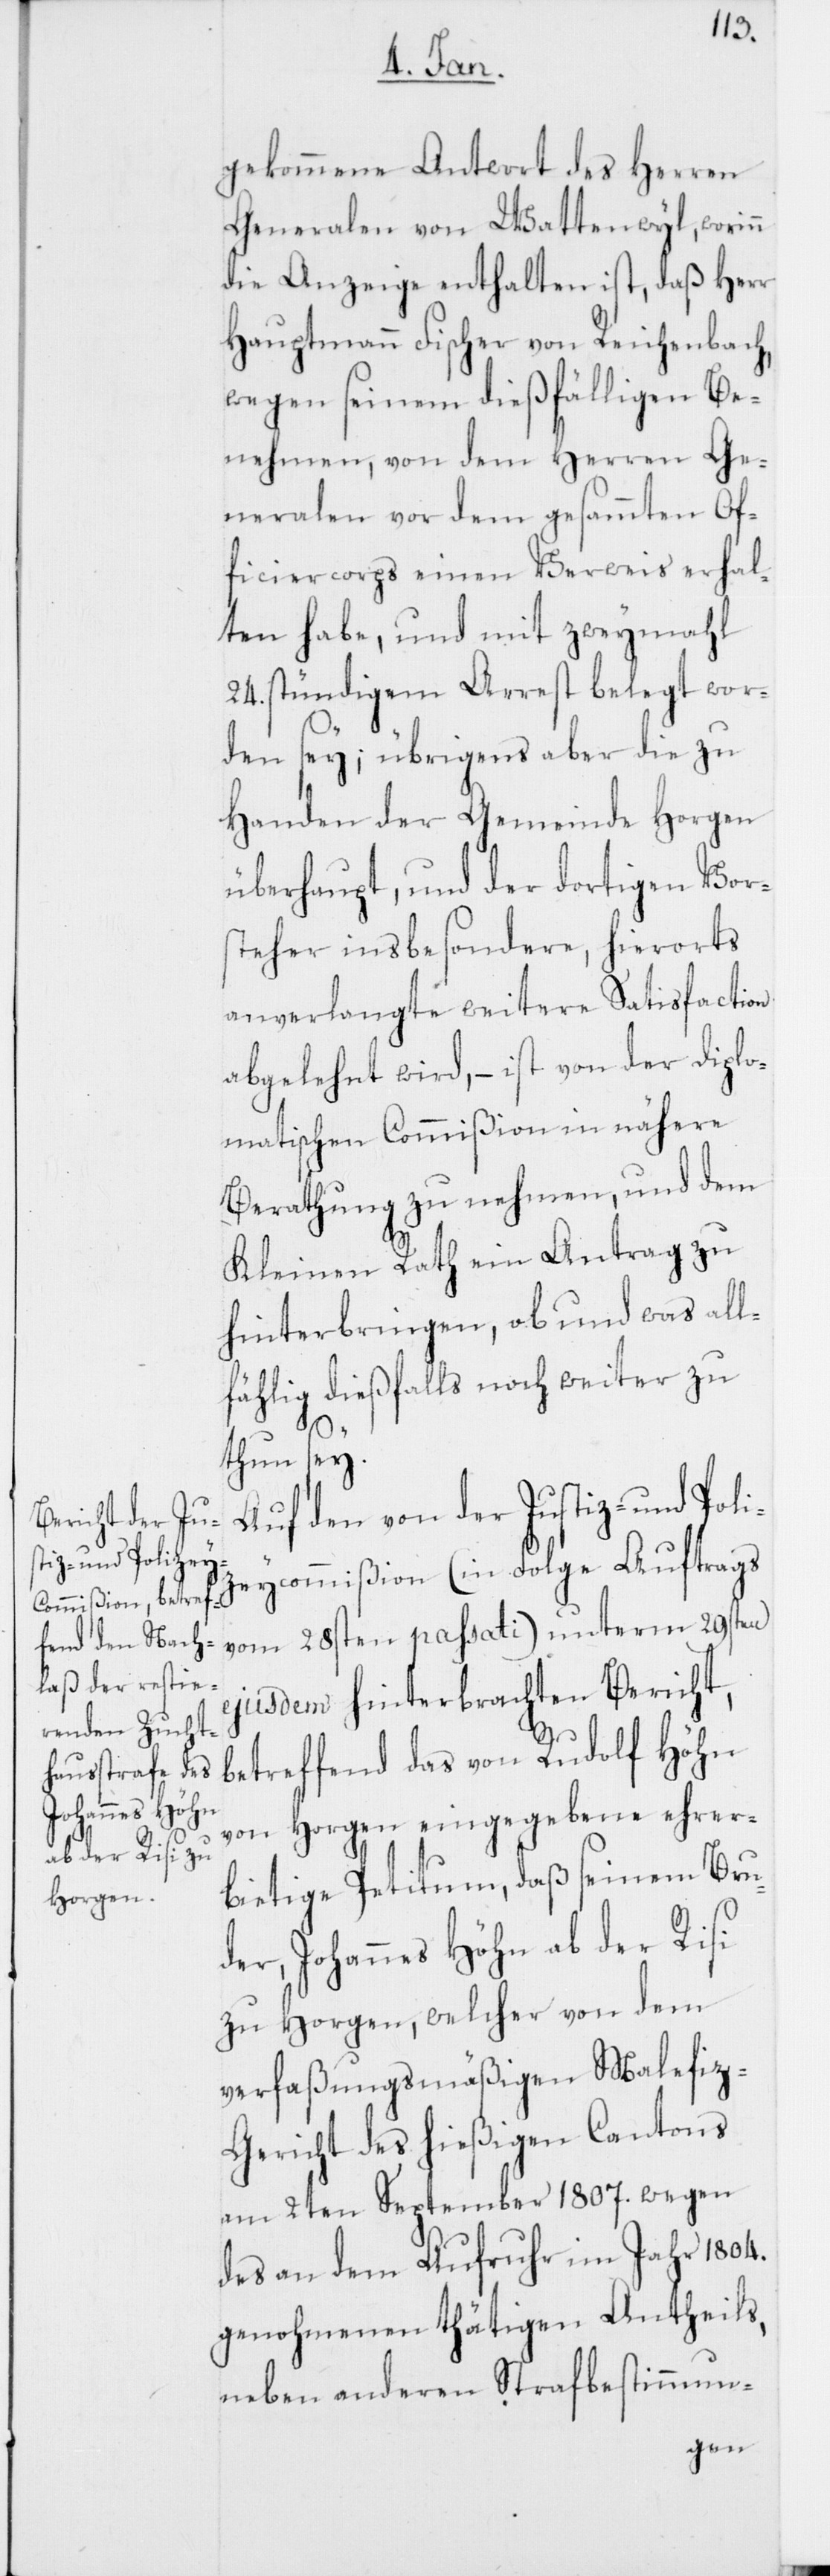
gekommene Antwort des Herren
Generalen von Wattenwyl, worinn
die Anzeige enthalten ist, daß Herr
Hauptmann Fischer von Reichenbach,
wegen seinem dießfälligen Be¬
nehmen, von dem Herren Ge¬
neralen vor dem gesamten Of¬
ficiercorps einen Verweis erhal¬
ten habe, und mit zweymahl
24. stündigem Arrest belegt wor¬
den sey; übrigens aber die zu
Handen der Gemeinde Horgen
überhaupt, und der dortigen Vors¬
teher insbesondere, hierorts
anverlangte weitere Satisfaction
abgelehnt wird, – ist von der Diplo¬
matischen Commißion in nähere
Berathung zu nehmen, und dem
Kleinen Rath ein Antrag zu
hinterbringen, ob und was all¬
fählig dießfalls noch weiter zu
tun sey.
Auf den von der Justiz- und Poli¬
zeycommißion (in Folge Auftrags
vom 28sten passati) unterm 29sten
ejusdem hinterbrachten Bericht,
betreffend das von Rudolf Höhn
von Horgen eingegebene ehrer¬
bietige Petitum, daß seinem Bru¬
der, Johannes Höhn ab der Risi
zu Horgen, welcher von dem
verfaßungsmäßigen Malefi¬
z-Gericht des hießigen Cantons
am 2ten September 1807. wegen
des an dem Aufruhr im Jahr 1804.
genohmenen thätigen Antheils,
neben anderen Strafbestimmun-